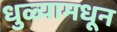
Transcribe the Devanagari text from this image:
धुळ्यामधून